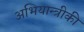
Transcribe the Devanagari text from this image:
अभियान्त्रीकी